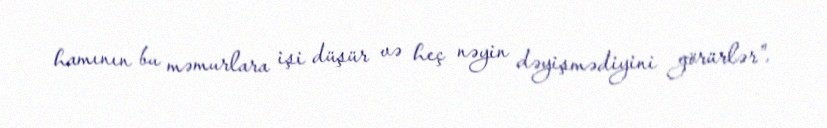
hamının bu məmurlara işi düşür və heç nəyin dəyişmədiyini görürlər”.